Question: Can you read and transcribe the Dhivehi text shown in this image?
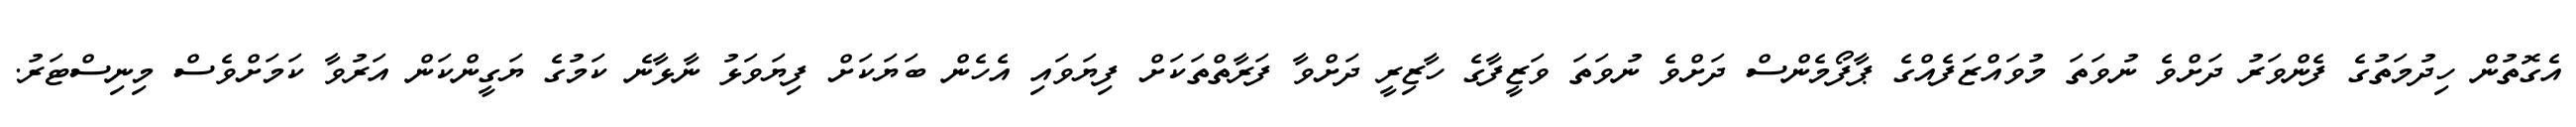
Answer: އެގޮތުން ހިދުމަތުގެ ފެންވަރު ދަށްވެ ނުވަތަ މުވައްޒަފެއްގެ ޕާފޯމެންސް ދަށްވެ ނުވަތަ ވަޒީފާގެ ހާޒިރީ ދަށްވާ ފަރާތްތަކަށް ފިޔަވައި އެހެން ބަޔަކަށް ފިޔަވަޅު ނާޅާނެ ކަމުގެ ޔަގީންކަން އަރުވާ ކަމަށްވެސް މިނިސްޓަރު.